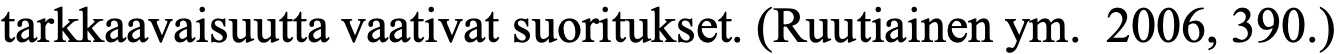
tarkkaavaisuutta vaativat suoritukset. (Ruutiainen ym. 2006, 390.)